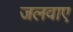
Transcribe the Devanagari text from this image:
जलवाए